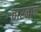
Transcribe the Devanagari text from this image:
चारनाक